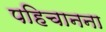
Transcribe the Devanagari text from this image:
पहिचानना